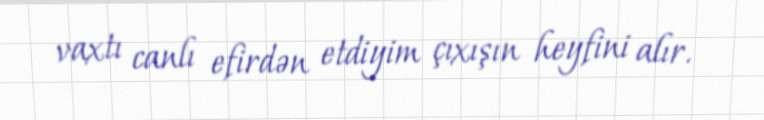
vaxtı canlı efirdən etdiyim çıxışın heyfini alır.